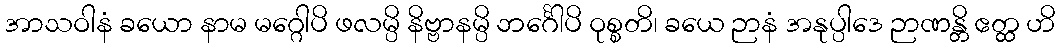
အာသဝါနံ ခယော နာမ မဂ္ဂေါပိ ဖလမ္ပိ နိဗ္ဗာနမ္ပိ ဘင်္ဂေါပိ ဝုစ္စတိ၊ ခယေ ဉာနံ အနုပ္ပါဒေ ဉာဏန္တိ ဧတ္ထ ဟိ